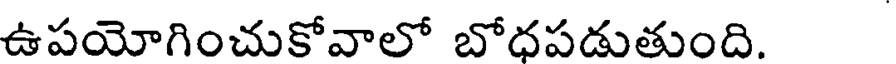
ఉపయోగించుకోవాలో బోధపడుతుంది.